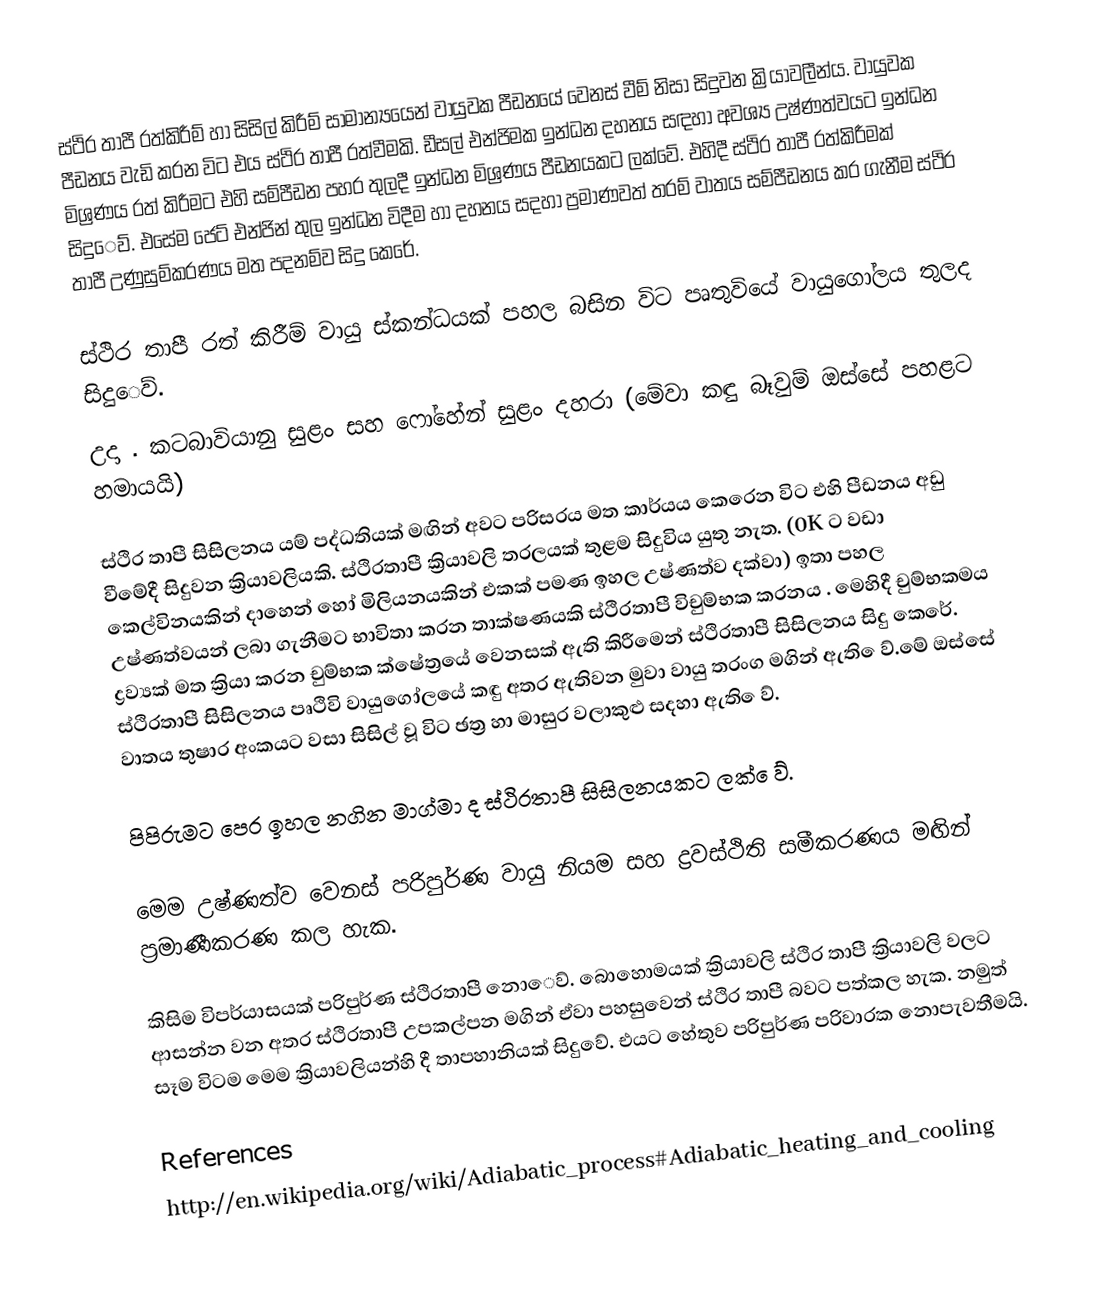
ස්ථිර තාපී රත්කිරීම්‍ හා සිසිල් කිරීම්‍ සාමාන්‍යයෙන් වායුවක පීඩනයේ වෙනස් වීම්‍ නිසා සිදුවන ක්‍රියාවලීන්ය. වායුවක පීඩනය වැඩි කරන විට එය ස්ථිර තාපී රත්වීමකි. ඩීසල් එන්ජිමක ඉන්ධන දහනය සඳහා අවශ්‍ය උෂ්ණත්වයට ඉන්ධන මිශ්‍රණය රත් කිරීමට එහි සම්‍පීඩන පහර තුලදී ඉන්ධන මිශ්‍රණය පීඩනයකට ලක්වේ. එහිදී ස්ථිර තාපී රත්කිරීමක් සිදු‍ෙව්‍. එසේම ජෙට්‍ එන්ජින් තුල ඉන්ධන විදීම හා දහනය සදහා ප්‍රමාණවත් තරම් වාතය සම්පීඩනය කර ගැනීම ස්ථිර තාපී උණුසුම්කරණය මත පදනම්ව සිදු කෙරේ.

ස්ථිර තාපී රත් කිරීම්‍ වායු ස්කන්ධයක් පහල බසින විට පෘතුවියේ වායුගෝලය තුලද සිදු‍ෙව්‍.
උදා . කටබාවියානු සුළං සහ ෆෝහේන් සුළං දහරා (මේවා කඳු බෑවුම්  ඔස්සේ පහළට හමායයි)

ස්ථිර තාපී සිසිලනය යම්‍ පද්ධතියක් මඟින් අවට පරිසරය මත කාර්යය කෙරෙන විට  එහි පීඩනය අඩු වීමේදී  සිදුවන ක්‍රියාවලියකි. ස්ථිරතාපී ක්‍රියාවලි තරලයක් තුළම සිදුවිය යුතු නැත. (0K ට වඩා කෙල්විනයකින් දාහෙන් හෝ මිලියනයකින් එකක් පමණ ඉහල උෂ්ණත්ව දක්වා) ඉතා පහල උෂ්ණත්වයන් ලබා ගැනීමට භාවිතා කරන තාක්ෂණයකි ස්ථිරතාපී විචුම්‍භක කරනය . මෙහිදී චුම්භකම‍ය ද්‍රව්‍යක් මත ක්‍රියා කරන  චුම්‍භක ක්ෂේත්‍රයේ වෙනසක් ඇති කිරීමෙන් ස්ථිරතාපී සිසිලනය සිදු කෙරේ. ස්ථිරතාපී සිසිලනය පෘථිවි වායුගෝලයේ කඳු අතර ඇතිවන  මුවා වායු තරංග මගින් ඇති ‍ෙව්‍.මේ ඔස්සේ වාතය  තුෂාර අංකයට වසා සිසිල් වූ විට ඡත්‍ර හා  මාසුර වලාකුළු සදහා ඇති ‍ෙව්‍.

පිපිරුමට පෙර ඉහල නගින මාග්මා ද ස්ථිරතාපී සිසිලනයකට ලක් ‍ෙව්‍.

මෙම උෂ්ණත්ව වෙනස් පරිපුර්ණ වායු නියම සහ ද්‍රවස්ථිති සමීකරණය මඟින් ප්‍රමාණීකරණ කල හැක.

කිසිම විපර්යාසයක් පරිපුර්ණ ස්ථිරතාපී නො‍ෙව්‍. බොහොමයක් ක්‍රියාවලි ස්ථිර තාපී  ක්‍රියාවලි වලට ආසන්න වන අතර ස්ථිරතාපී උපකල්පන මගින් ඒවා පහසුවෙන් ස්ථිර තාපී බවට පත්කල හැක. නමුත් සෑම විටම මෙම ක්‍රියාවලියන්හි දී  තාපහානියක් සිදුවේ. එයට හේතුව පරිපුර්ණ පරිවාරක නොපැවතීමයි.

References
http://en.wikipedia.org/wiki/Adiabatic_process#Adiabatic_heating_and_cooling